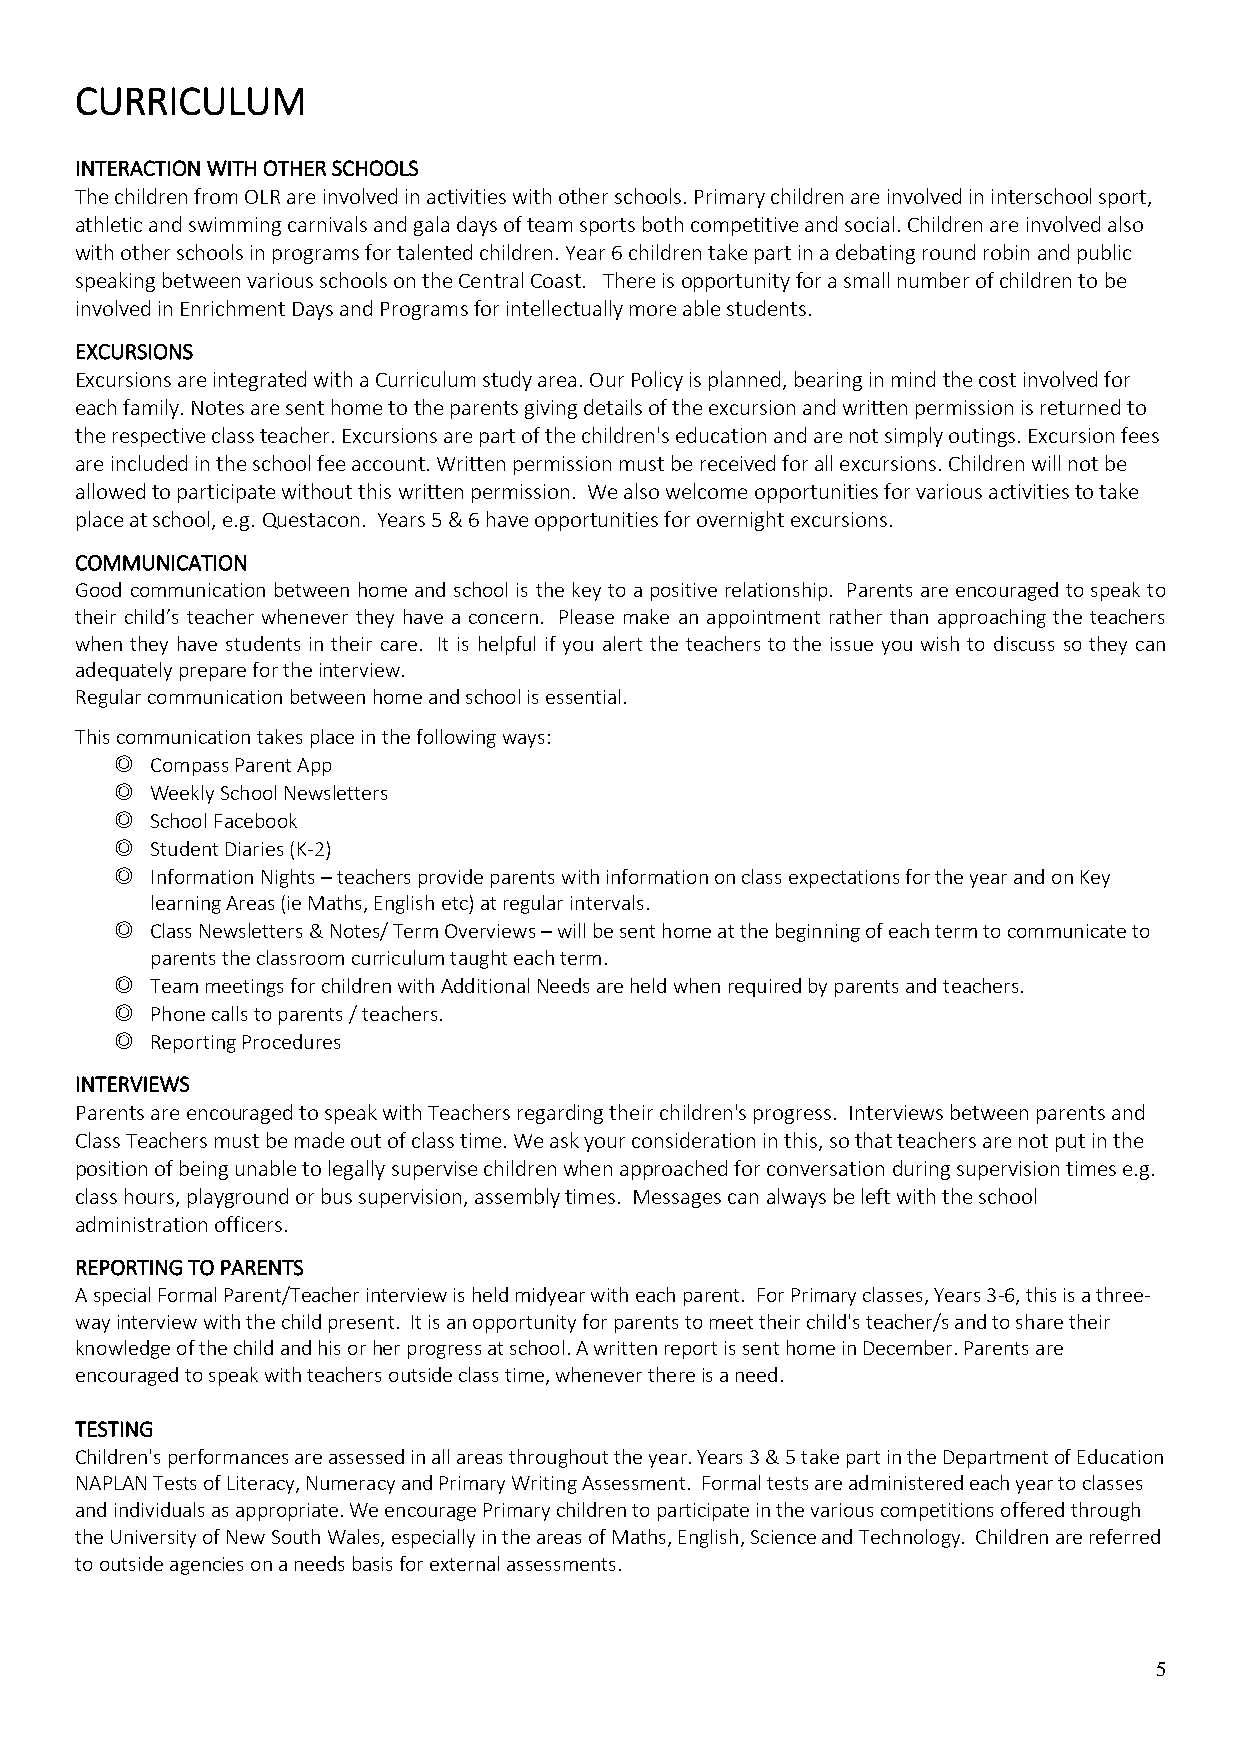
CURRICULUM
 INTERACTION WITH OTHER SCHOOLS
 The children from OLR are involved in activities with other schools. Primary children are involved in interschool sport,
 athletic and swimming carnivals and gala days of team sports both competitive and social. Children are involved also
 with other schools in programs for talented children. Year 6 children take part in a debating round robin and public
 speaking between various schools on the Central Coast. There is opportunity for a small number of children to be
 involved in Enrichment Days and Programs for intellectually more able students.
 EXCURSIONS
 Excursions are integrated with a Curriculum study area. Our Policy is planned, bearing in mind the cost involved for
 each family. Notes are sent home to the parents giving details of the excursion and written permission is returned to
 the respective class teacher. Excursions are part of the children's education and are not simply outings. Excursion fees
 are included in the school fee account. Written permission must be received for all excursions. Children will not be
 allowed to participate without this written permission. We also welcome opportunities for various activities to take
 place at school, e.g. Questacon. Years 5 & 6 have opportunities for overnight excursions.
 COMMUNICATION
 Good communication between home and school is the key to a positive relationship. Parents are encouraged to speak to
 their child’s teacher whenever they have a concern. Please make an appointment rather than approaching the teachers
 when they have students in their care. It is helpful if you alert the teachers to the issue you wish to discuss so they can
 adequately prepare for the interview.
 Regular communication between home and school is essential.
 This communication takes place in the following ways:
 ◎  Compass Parent App
 ◎  Weekly School Newsletters
 ◎  School Facebook
 ◎  Student Diaries (K-2)
 ◎  Information Nights – teachers provide parents with information on class expectations for the year and on Key
 learning Areas (ie Maths, English etc) at regular intervals.
 ◎  Class Newsletters & Notes/ Term Overviews – will be sent home at the beginning of each term to communicate to
 parents the classroom curriculum taught each term.
 ◎  Team meetings for children with Additional Needs are held when required by parents and teachers.
 ◎  Phone calls to parents / teachers.
 ◎  Reporting Procedures
 INTERVIEWS
 Parents are encouraged to speak with Teachers regarding their children's progress. Interviews between parents and
 Class Teachers must be made out of class time. We ask your consideration in this, so that teachers are not put in the
 position of being unable to legally supervise children when approached for conversation during supervision times e.g.
 class hours, playground or bus supervision, assembly times. Messages can always be left with the school
 administration officers.
 REPORTING TO PARENTS
 A special Formal Parent/Teacher interview is held midyear with each parent. For Primary classes, Years 3-6, this is a three-
 way interview with the child present. It is an opportunity for parents to meet their child's teacher/s and to share their
 knowledge of the child and his or her progress at school. A written report is sent home in December. Parents are
 encouraged to speak with teachers outside class time, whenever there is a need.
 TESTING
 Children's performances are assessed in all areas throughout the year. Years 3 & 5 take part in the Department of Education
 NAPLAN Tests of Literacy, Numeracy and Primary Writing Assessment. Formal tests are administered each year to classes
 and individuals as appropriate. We encourage Primary children to participate in the various competitions offered through
 the University of New South Wales, especially in the areas of Maths, English, Science and Technology. Children are referred
 to outside agencies on a needs basis for external assessments.
 5